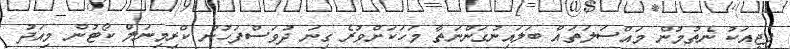
ޕީޖީއަކު ނެތުމުން މައްސަލަތައް ބަލައިނުގަންނަތާ މަހަކަށްވުރެ ގިނަ ދުވަސްފަހުން ކްރިމިނަލް ކޯޓުން މިއަދު